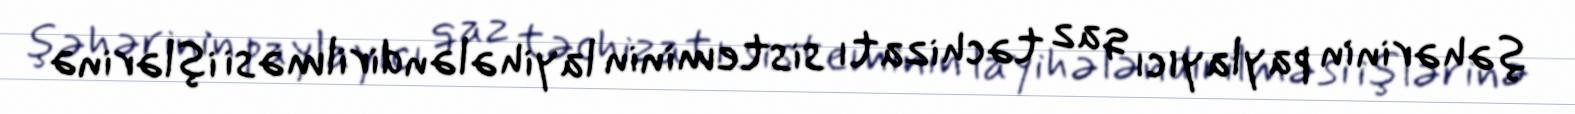
şəhərinin paylayıcı qaz təchizatı sisteminin layihələndirilməsi işlərinə